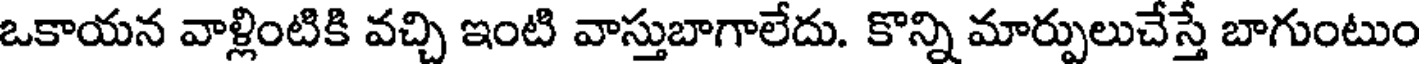
ఒకాయన వాళ్లింటికి వచ్చి ఇంటి వాస్తుబాగాలేదు. కొన్ని మార్పులుచేస్తే బాగుంటుం